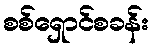
စစ်ရှောင်စခန်း